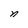
Character: n